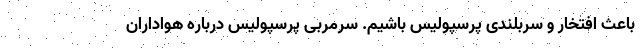
باعث افتخار و سربلندی پرسپولیس باشیم. سرمربی پرسپولیس درباره هواداران